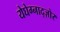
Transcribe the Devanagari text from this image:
येघेग्नाद्ज़ोर